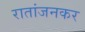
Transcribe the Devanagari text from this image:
रातांजनकर